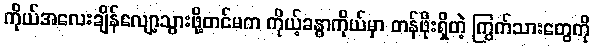
ကိုယ်အလေးချိန်လျော့သွားဖို့တင်မက ကိုယ့်ခန္ဓာကိုယ်မှာ တန်ဖိုးရှိတဲ့ ကြွက်သားတွေကို